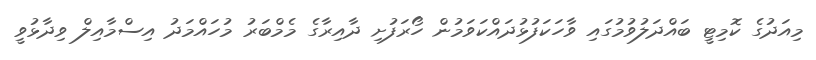
މިއަދުގެ ކޮމިޓީ ބައްދަލުވުމުގައި ވާހަކަފުޅުދައްކަވަމުން ހޯރަފުށި ދާއިރާގެ މެމްބަރު މުހައްމަދު އިސްމާއިލް ވިދާޅުވީ